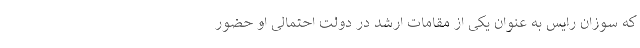
که سوزان رایس به عنوان یکی از مقامات ارشد در دولت احتمالی او حضور